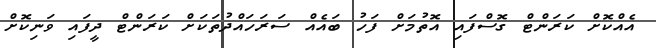
އެއްކޮށް ކަރަންޓް ގޮސްފައި އޮތުމަށް ފަހު ބައެއް ސަރަހައްދުތަކަށް ކަރަންޓް ދީފައި ވަނިކޮށް